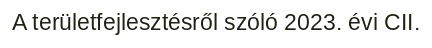
A területfejlesztésről szóló 2023. évi CII.